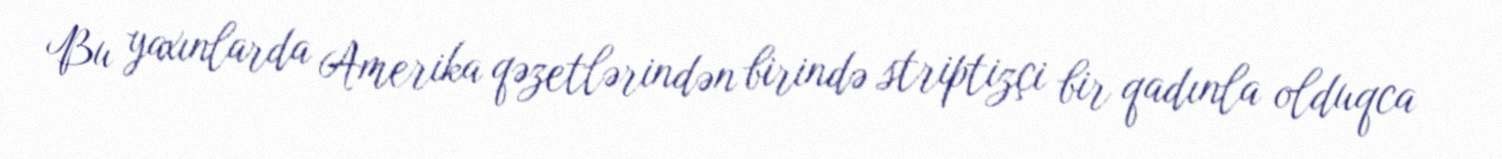
Bu yaxınlarda Amerika qəzetlərindən birində striptizçi bir qadınla olduqca